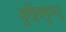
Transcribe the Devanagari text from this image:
कुट्टिक्कुञ्ञु